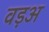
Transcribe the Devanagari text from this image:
वड़अ